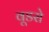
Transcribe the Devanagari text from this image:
वूडरो